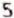
5